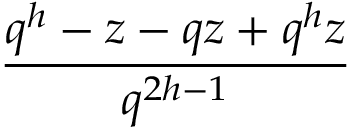
\frac { q ^ { h } - z - q z + q ^ { h } z } { q ^ { 2 h - 1 } }